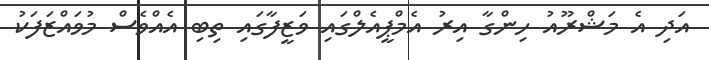
އަދި އެ މަޝްރޫއު ހިންގާ އިރު އެމްޕީއެލްގައި ވަޒީފާގައި ތިބި އެއްވެސް މުވައްޒަފަކު